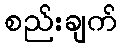
စည်းချက်